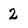
Character: 2